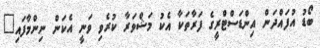
ބޯޑު އުފައްދަން އިންޑަސްޓްރީގެ ފަރާތަކާ އެކު މަޝްވަރާ ކުރެވި ވަނީ އެކަން ނިންމާފައި"